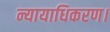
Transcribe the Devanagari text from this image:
न्यायाधिकरण।